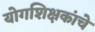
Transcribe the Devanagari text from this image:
योगशिक्षकांचे